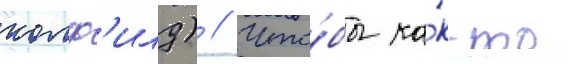
колф'илд) // Что́бы ка́к-то